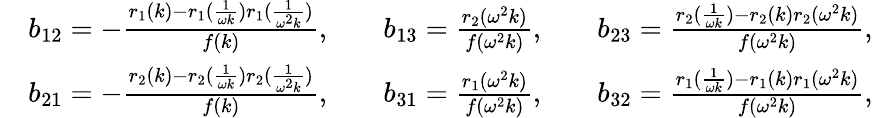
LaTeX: \begin{array}{rlrlrl}&{b_{12}=-\frac{r_{1}(k)-r_{1}(\frac{1}{\omega k})r_{1}(\frac{1}{\omega^{2}k})}{f(k)},}&&{b_{13}=\frac{r_{2}(\omega^{2}k)}{f(\omega^{2}k)},}&&{b_{23}=\frac{r_{2}(\frac{1}{\omega k})-r_{2}(k)r_{2}(\omega^{2}k)}{f(\omega^{2}k)},}\\ &{b_{21}=-\frac{r_{2}(k)-r_{2}(\frac{1}{\omega k})r_{2}(\frac{1}{\omega^{2}k})}{f(k)},}&&{b_{31}=\frac{r_{1}(\omega^{2}k)}{f(\omega^{2}k)},}&&{b_{32}=\frac{r_{1}(\frac{1}{\omega k})-r_{1}(k)r_{1}(\omega^{2}k)}{f(\omega^{2}k)},}\end{array}